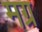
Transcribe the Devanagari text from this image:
मग्र